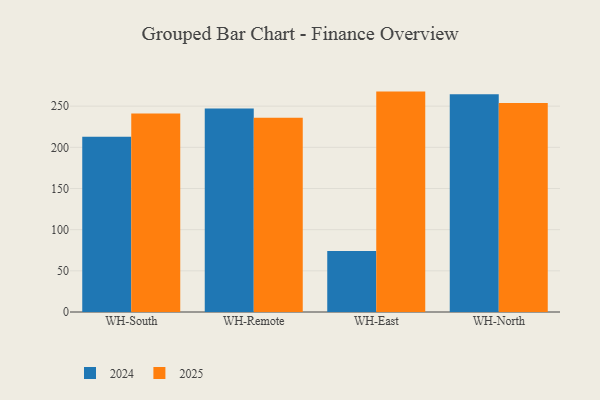
{"axis": {"x": "Warehouse", "y": "Website Visitors"}, "legend": ["2024", "2025"], "data": [{"x": "WH-South", "y": 241.1, "type": "2025"}, {"x": "WH-South", "y": 212.8, "type": "2024"}, {"x": "WH-Remote", "y": 235.8, "type": "2025"}, {"x": "WH-Remote", "y": 247.1, "type": "2024"}, {"x": "WH-East", "y": 267.7, "type": "2025"}, {"x": "WH-East", "y": 74.1, "type": "2024"}, {"x": "WH-North", "y": 253.9, "type": "2025"}, {"x": "WH-North", "y": 264.4, "type": "2024"}]}